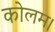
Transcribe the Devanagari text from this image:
कोलम।